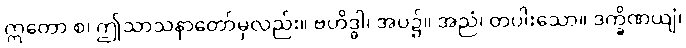
ဣတော စ၊ ဤသာသနာတော်မှလည်း။ ဗဟိဒ္ဓါ၊ အပ၌။ အညံ၊ တပါးသော။ ဒက္ခိဏယျံ၊